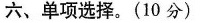
六、单项选择. (10 分)